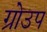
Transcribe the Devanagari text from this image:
ग्रोउप